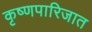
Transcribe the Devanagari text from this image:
कृष्णपारिजात